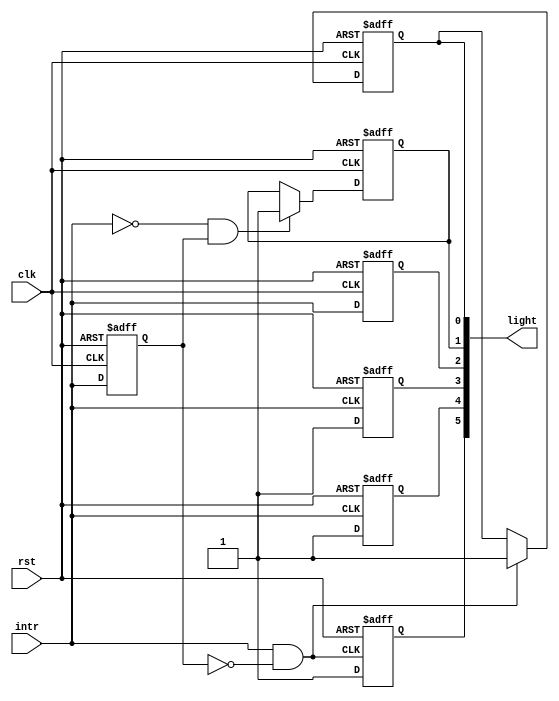
`timescale 1ns / 1ps
//////////////////////////////////////////////////////////////////////////////////
// Company: 
// Engineer: 
// 
// Design Name: 
// Module Name: intr_test
// Project Name: 
// Target Devices: 
// Tool Versions: 
// Description: 
// 
// Dependencies: 
// 
// Revision:
// Revision 0.01 - File Created
// Additional Comments:
// 
//////////////////////////////////////////////////////////////////////////////////


module intr_test(
input clk,
input intr,
input rst,
output reg [5:0] light

    );

reg intr_ff;

always@(posedge clk or negedge rst)
begin
    if(!rst)
        intr_ff<=0;
     else
        intr_ff<= intr;
end

wire intr_posedge;
wire intr_negedge;

assign intr_posedge = intr && (!intr_ff);
assign intr_negedge = (!intr) && (intr_ff);

always@(posedge clk or negedge rst)
begin
    if (rst==1'b0)
    begin
        light[0]<=1'b0;
    end
    else if(intr_posedge==1'b1)
        light[0]<=1'b1;
    else;
end

always@(posedge clk or negedge rst)
begin
    if (rst==1'b0)
    begin
        light[1]<=1'b0;
    end
    else if(intr_negedge==1'b1)
        light[1]<=1'b1;
    else;
end

always@(posedge clk or negedge rst)
begin
    if(rst == 1'b0)
        light[2]<=1'b0;
    else
        light[2]<=intr;
end

always@(posedge intr or negedge rst)
begin
    if(!rst)
        light[3]<=1'b0;
     else
        light[3]<=1'b1;
end

always@(negedge intr or negedge rst)
begin
    if(!rst)
        light[4]<=1'b0;
     else
        light[4]<=1'b1;
end

always@(posedge intr_posedge or negedge rst)
begin
    if(!rst)
        light[5]<=1'b0;
     else
        light[5]<=1'b1;
end

endmodule